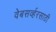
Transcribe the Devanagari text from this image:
वेबसर्व्हरसाठी